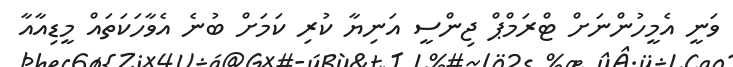
ވަނީ އެމީހުންނަށް ޓްރަމްޕް ޖިންސީ އަނިޔާ ކުރި ކަަމަށް ބުނެ އެވާހަކަތައް މީޑިއާއާ